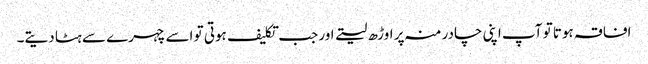
افاقہ ہوتا تو آپ اپنی چادر منہ پر اوڑھ لیتے اور جب تکلیف ہوتی تو اسے چہرے سے ہٹا دیتے۔